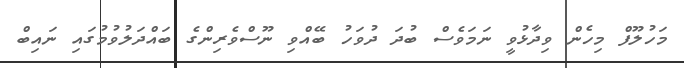
މަހުލޫފް މިހެން ވިދާޅުވީ ނަމަވެސް ބުދަ ދުވަހު ބޭއްވި ނޫސްވެރިންގެ ބައްދަލުވުމުގައި ނައިބް